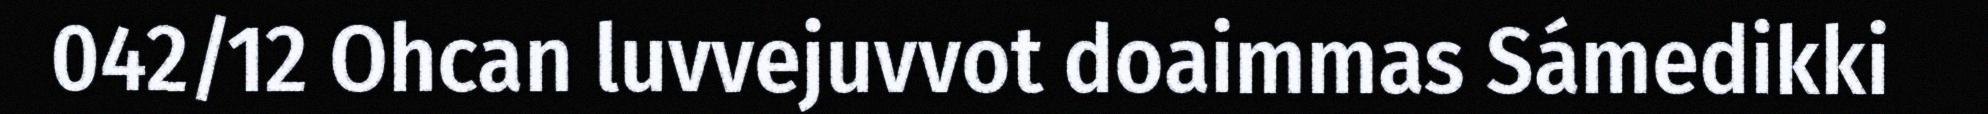
042/12 Ohcan luvvejuvvot doaimmas Sámedikki